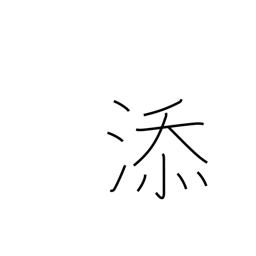
Meaning: annexed